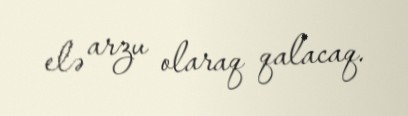
elə arzu olaraq qalacaq.